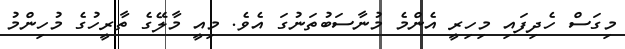
މިގަސް ހެދިފައި މިހިރީ އެންމެ މުނާސަބުތަނުގަ އެވެ. މިއީ މާލޭގެ ތާރީހުގެ މުހިންމު